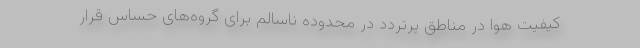
کیفیت هوا در مناطق پرتردد در محدوده ناسالم برای گروه‌های حساس قرار